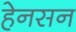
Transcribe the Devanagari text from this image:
हेनसन